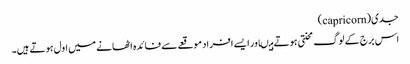
جدی(capricorn)
اس برج کے لوگ محنتی ہوتے ہیںاور ایسے افراد موقعے سے فائدہ اٹھانے میں اول ہوتے ہیں۔